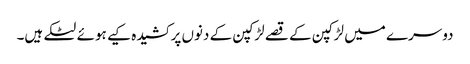
دوسرے میں لڑکپن کے قصے لڑکپن کے دنوں پر کشیدہ کیے ہوئے لٹکے ہیں۔